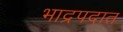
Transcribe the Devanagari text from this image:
भाद्रपदात